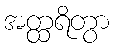
အတ္ထရိတွာ